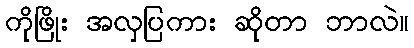
ကိုဖြိုး အလှပြကား ဆိုတာ ဘာလဲ။